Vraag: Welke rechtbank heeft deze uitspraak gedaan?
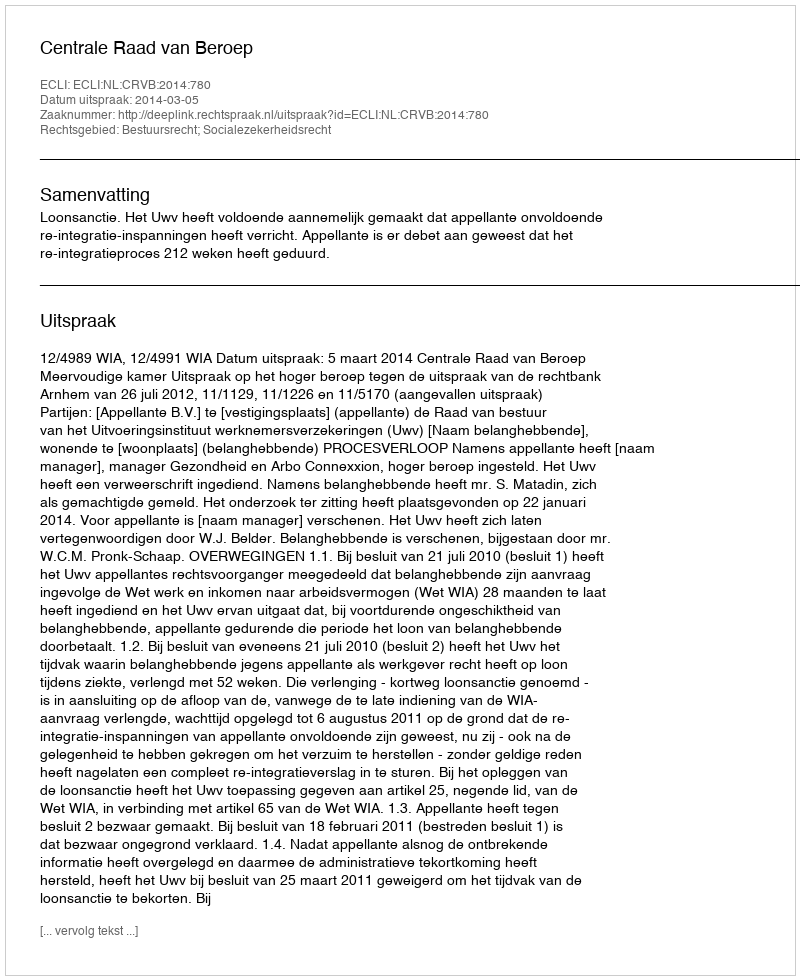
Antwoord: Centrale Raad van Beroep